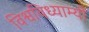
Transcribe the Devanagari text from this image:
विश्वविध्याम्यो